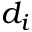
d _ { i }